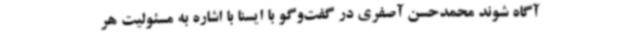
آگاه شوند محمدحسن آصفری در گفت‌وگو با ایسنا با اشاره به مسئولیت هر